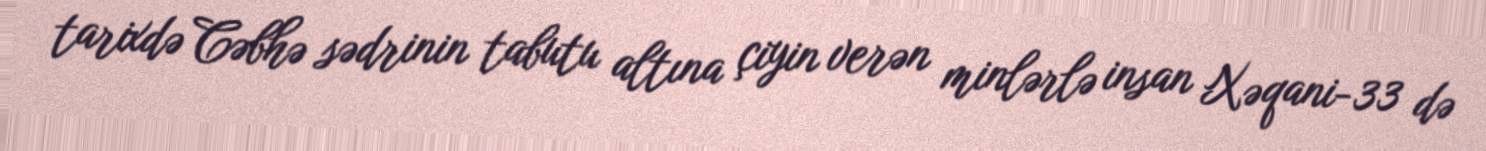
tarixdə Cəbhə sədrinin tabutu altına çiyin verən minlərlə insan Xəqani-33 də